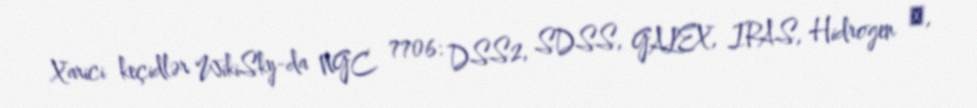
Xarici keçidlər WikiSky-da NGC 7706: DSS2, SDSS, GALEX, IRAS, Hidrogen α,